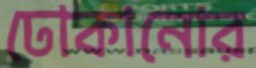
ঢোকানোর